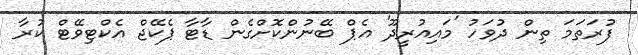
ފުރަތަމަ ތިން ދުވަހު 'މައިއުރީދޫ' އެޕް ބޭނުންކޮށްގެން ޑާޓާ ޕެކޭޖް އެކްޓިވޭޓް ކުރާ